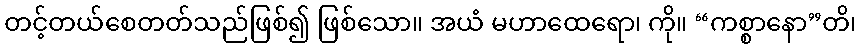
တင့်တယ်စေတတ်သည်ဖြစ်၍ ဖြစ်သော။ အယံ မဟာထေရော၊ ကို။ “ကစ္စာနော”တိ၊